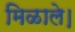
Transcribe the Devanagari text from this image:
मिळाले।